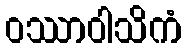
ဝဿာဝါသိကံ